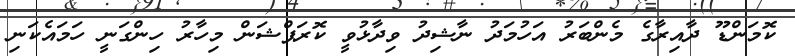
ކޮމަންޑޫ ދާއިރާގެ މެންބަރު އަހުމަދު ނާޝިދު ވިދާޅުވީ ކޮރަޕްޝަން މިހާރު ހިންގަނީ ހަމައެކަނި